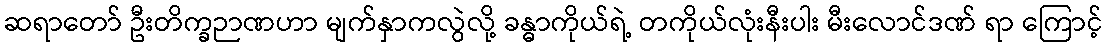
ဆရာတော် ဦးတိက္ခဉာဏဟာ မျက်နှာကလွဲလို့ ခန္ဓာကိုယ်ရဲ့ တကိုယ်လုံးနီးပါး မီးလောင်ဒဏ် ရာ ကြောင့်